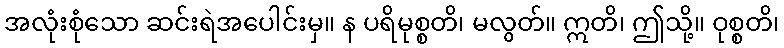
အလုံးစုံသော ဆင်းရဲအပေါင်းမှ။ န ပရိမုစ္စတိ၊ မလွတ်။ ဣတိ၊ ဤသို့။ ဝုစ္စတိ၊